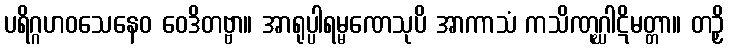
ပရိဂ္ဂဟဝသေနေဝ ဝေဒိတဗ္ဗာ။ အာရုပ္ပါရမ္မဏေသုပိ အာကာသံ ကသိဏုဂ္ဃါဋိမတ္တာ။ တဉှိ